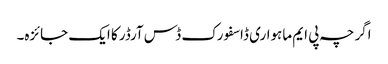
اگرچہ پی ایم ماہواری ڈاسفورک ڈس آرڈر کا ایک جائزہ۔